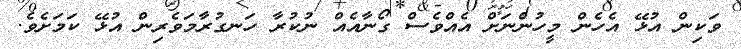
ވަކިން އުޅޭ އެހެން މީހުންނަށް އެއްވެސް ގޯނާއެއް ނުކުރާ ހަނގުރާމަވެރިން އުޅޭ ކަމަށެވެ.